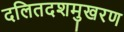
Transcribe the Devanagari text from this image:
दलितदशमुखरण